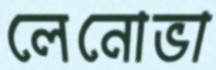
লেনোভা